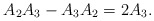
\begin{align*}A_{2}A_{3}-A_{3}A_{2}=2A_{3}.\end{align*}